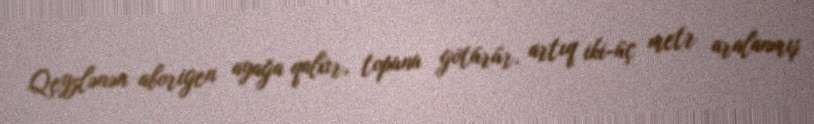
Qeyzlənən aborigen ayağa qalxır, topunu götürür, artıq iki-üç metr aralanmış